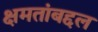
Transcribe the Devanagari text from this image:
क्षमतांबद्दल